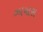
ઝાયાસ